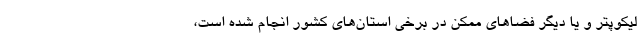
لیکوپتر و یا دیگر فضاهای ممکن در برخی استان‌های کشور انجام شده است،